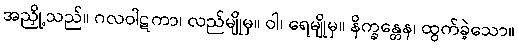
အညှို့သည်။ ဂလဝါဋကာ၊ လည်မျိုမှ။ ဝါ၊ ရေမျိုမှ။ နိက္ခန္တေန၊ ထွက်ခဲ့သော။